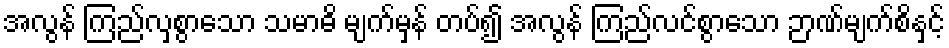
အလွန် ကြည်လှစွာသော သမာဓိ မျက်မှန် တပ်၍ အလွန် ကြည်လင်စွာသော ဉာဏ်မျက်စိနှင့်